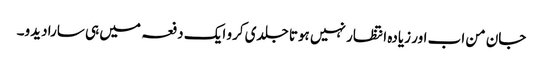
جان من اب اور زیادہ انتظار نہیں ہوتا جلدی کرو ایک دفعہ میں ہی سارا دیدو۔